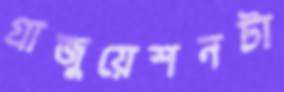
গ্রাজুয়েশনটা